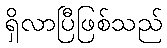
ရှိလာပြီဖြစ်သည်